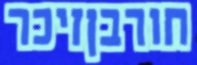
חורבןזיכר